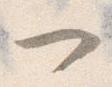
一